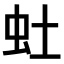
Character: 𫊥